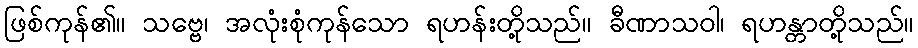
ဖြစ်ကုန်၏။ သဗ္ဗေ၊ အလုံးစုံကုန်သော ရဟန်းတို့သည်။ ခီဏာသဝါ၊ ရဟန္တာတို့သည်။